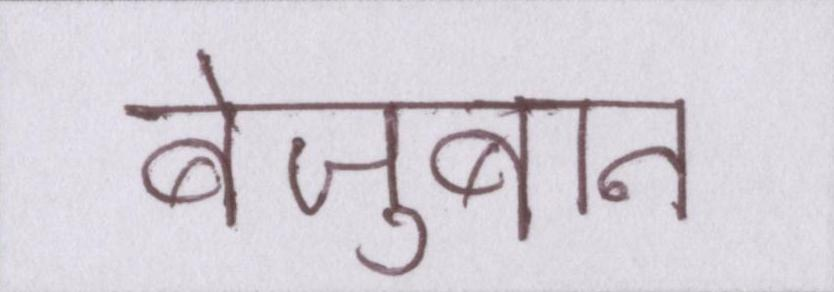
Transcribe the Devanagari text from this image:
बेज़ुबान